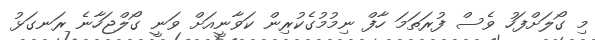
މި ގޯލަށްފަހު ވެސް ފުރަތަމަ ހާފް ނިމުމުގެކުރިން ކަވާނީއަށް ވަނީ ގޯލްޖަހާނެ ރަނގަޅު